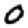
Digit: 0